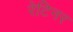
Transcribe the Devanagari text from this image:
रेटिनर